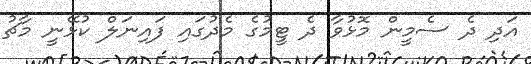
އަދި ދެ ސެމީން މޮޅުވާ ދެ ޓީމުގެ މެދުގައި ފައިނަލް ކުޅޭނީ މާޗު